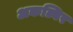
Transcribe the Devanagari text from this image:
अकल्बिर